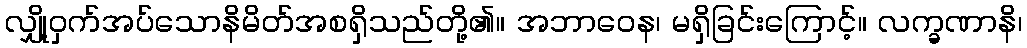
လျှို့ဝှက်အပ်သောနိမိတ်အစရှိသည်တို့၏။ အဘာဝေန၊ မရှိခြင်းကြောင့်။ လက္ခဏာနိ၊